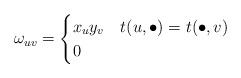
LaTeX: \begin{align*}\omega_{uv} = \begin{cases}x_u y_v & t(u,\bullet) = t(\bullet,v) \\0 & \end{cases}\end{align*}